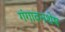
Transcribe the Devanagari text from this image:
गंगावनशेष